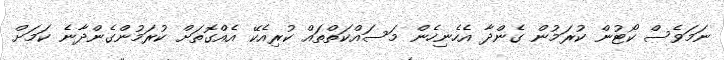
ނަމަވެސް ކޯޓުން ކުރަމުން ގެންދާ އެހެނިހެން މަސައްކަތްތައް ކުރިއެކޭ އެއްގޮތަށް ކުރަމުންގެންދާނެ ކަމަށް